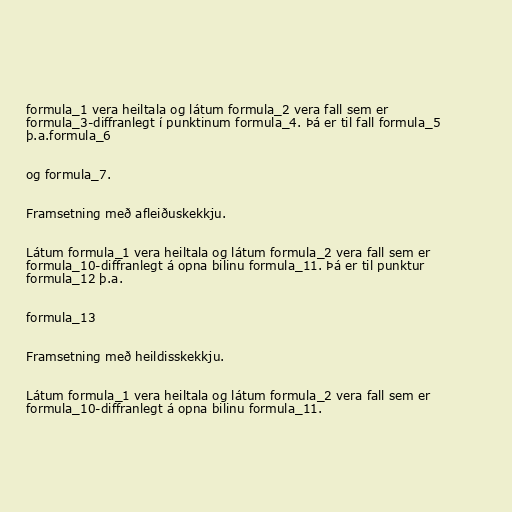
formula_1 vera heiltala og látum formula_2 vera fall sem er
formula_3-diffranlegt í punktinum formula_4. Þá er til fall formula_5
þ.a.formula_6

og formula_7.

Framsetning með afleiðuskekkju.

Látum formula_1 vera heiltala og látum formula_2 vera fall sem er
formula_10-diffranlegt á opna bilinu formula_11. Þá er til punktur
formula_12 þ.a.

formula_13

Framsetning með heildisskekkju.

Látum formula_1 vera heiltala og látum formula_2 vera fall sem er
formula_10-diffranlegt á opna bilinu formula_11.